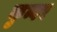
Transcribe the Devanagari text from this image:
कुन्वर